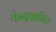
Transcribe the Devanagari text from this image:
केन्द्रशाशित